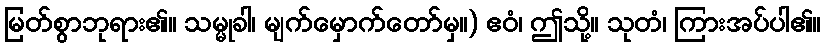
မြတ်စွာဘုရား၏။ သမ္မုခါ၊ မျက်မှောက်တော်မှ။) ဧဝံ၊ ဤသို့။ သုတံ၊ ကြားအပ်ပါ၏။